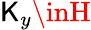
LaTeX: \mathsf{K}_{y}\inH